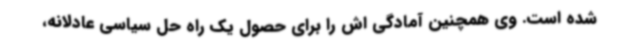
شده است. وی همچنین آمادگی اش را برای حصول یک راه حل سیاسی عادلانه،